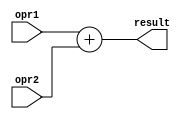
module ALU_BR (opr1,opr2,result);
	
	input [15:0] opr1,opr2;
	output reg [15:0] result;
		
	always@(*)
	begin
		
		result = opr1+opr2;
		
	end
	
endmodule